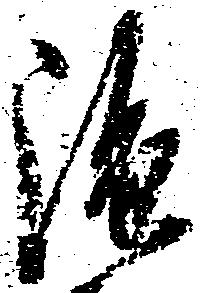
雖